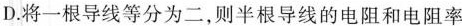
D.将一根导线等分为二，则半根导线的电阻和电阻率